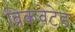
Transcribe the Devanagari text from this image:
ब्रिकवेटेड